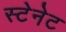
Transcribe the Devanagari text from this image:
स्टेनेट